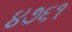
૪૭૬૧